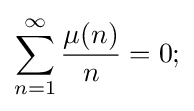
\sum _{n=1}^{\infty }{\frac {\mu (n)}{n}}=0;